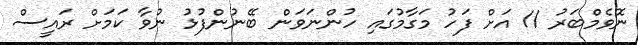
ނޮވެމްބަރު 11 އަށް ފަހު މަގާމުގައި ހުންނަވަން ބޭނުންފުޅު ނުވާ ކަމަށް ރައީސް